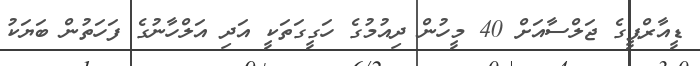
ޑީއާރްޕީގެ ޖަލްސާއަށް 40 މީހުން ދިއުމުގެ ހަގީގަތަކީ އަދި އަލްހާނުގެ ފަހަތުން ބަޔަކު